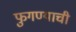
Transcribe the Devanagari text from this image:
फुगण्याची